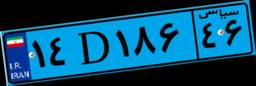
۱۴D۱۸۶۴۶